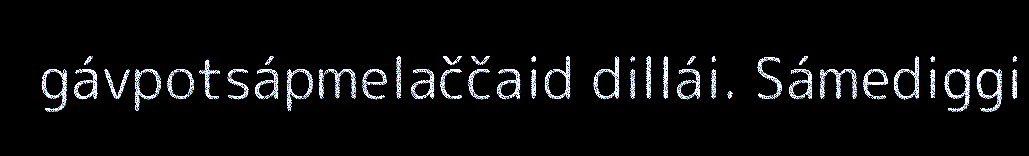
gávpotsápmelaččaid dillái. Sámediggi